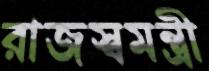
রাজস্বমন্ত্রী